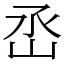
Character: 㞼